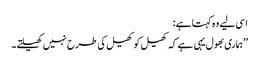
اسی لیے وہ کہتا ہے:
’’ہماری بھول یہی ہے کہ کھیل کو کھیل کی طرح نہیں کھیلتے۔